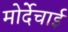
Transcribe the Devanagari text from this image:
मोर्देचाई